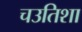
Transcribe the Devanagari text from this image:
चउतिशा